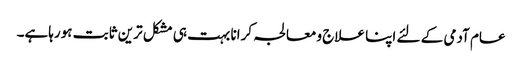
عام آدمی کے لئے اپنا علاج ومعالجہ کرانا بہت ہی مشکل ترین ثابت ہورہاہے۔